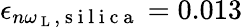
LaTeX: \epsilon_{n\omega_{\mathrm{~L~}},\mathrm{~s~i~l~i~c~a~}}=0.013